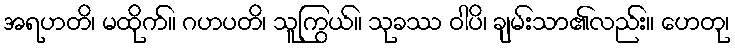
အရဟတိ၊ မထိုက်။ ဂဟပတိ၊ သူကြွယ်။ သုခဿ ဝါပိ၊ ချမ်းသာ၏လည်း။ ဟေတု၊